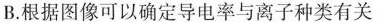
B.根据图像可以确定导电率与离子种类有关